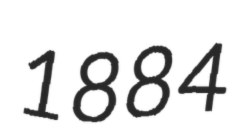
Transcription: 1884